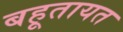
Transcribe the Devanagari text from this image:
बहूतायत